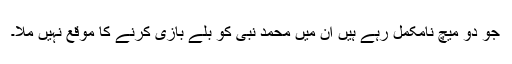
جو دو میچ نامکمل رہے ہیں ان میں محمد نبی کو بلے بازی کرنے کا موقع نہیں ملا۔